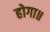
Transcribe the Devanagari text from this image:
होगा॥